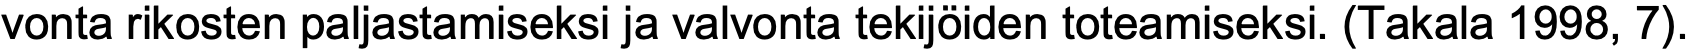
vonta rikosten paljastamiseksi ja valvonta tekijöiden toteamiseksi. (Takala 1998, 7).